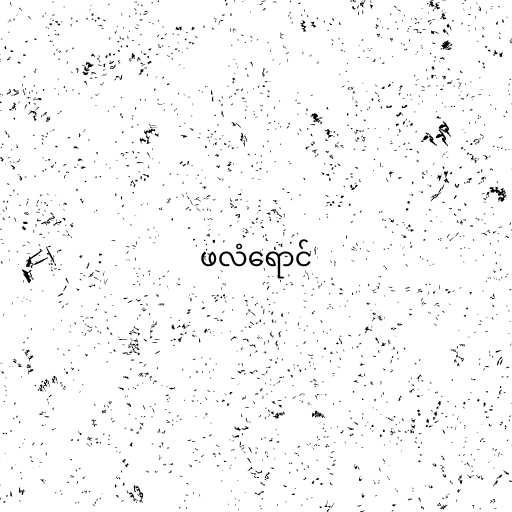
ဖလံရောင်